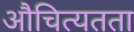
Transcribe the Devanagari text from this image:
औचित्यतता